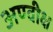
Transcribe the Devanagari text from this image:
अण्वीक्ष